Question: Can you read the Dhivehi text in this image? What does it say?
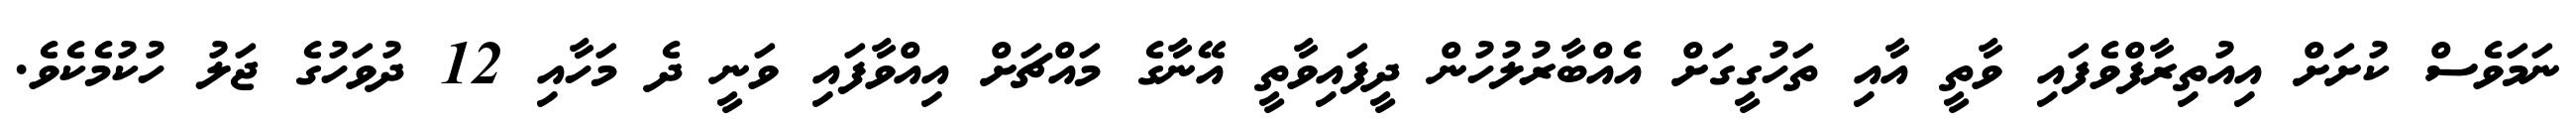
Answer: ނަމަވެސް ކުށަށް އިއުތިރާފްވެފައި ވާތީ އާއި ތަހުގީގަށް އެއްބާރުލުހުން ދީފައިވާތީ އޭނާގެ މައްޗަށް އިއްވާފައި ވަނީ ދެ މަހާއި 12 ދުވަހުގެ ޖަލު ހުކުމެކެވެ.